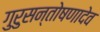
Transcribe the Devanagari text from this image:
गुरुसन्तोषणादेव